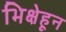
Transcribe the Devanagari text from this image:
भिक्षेहून